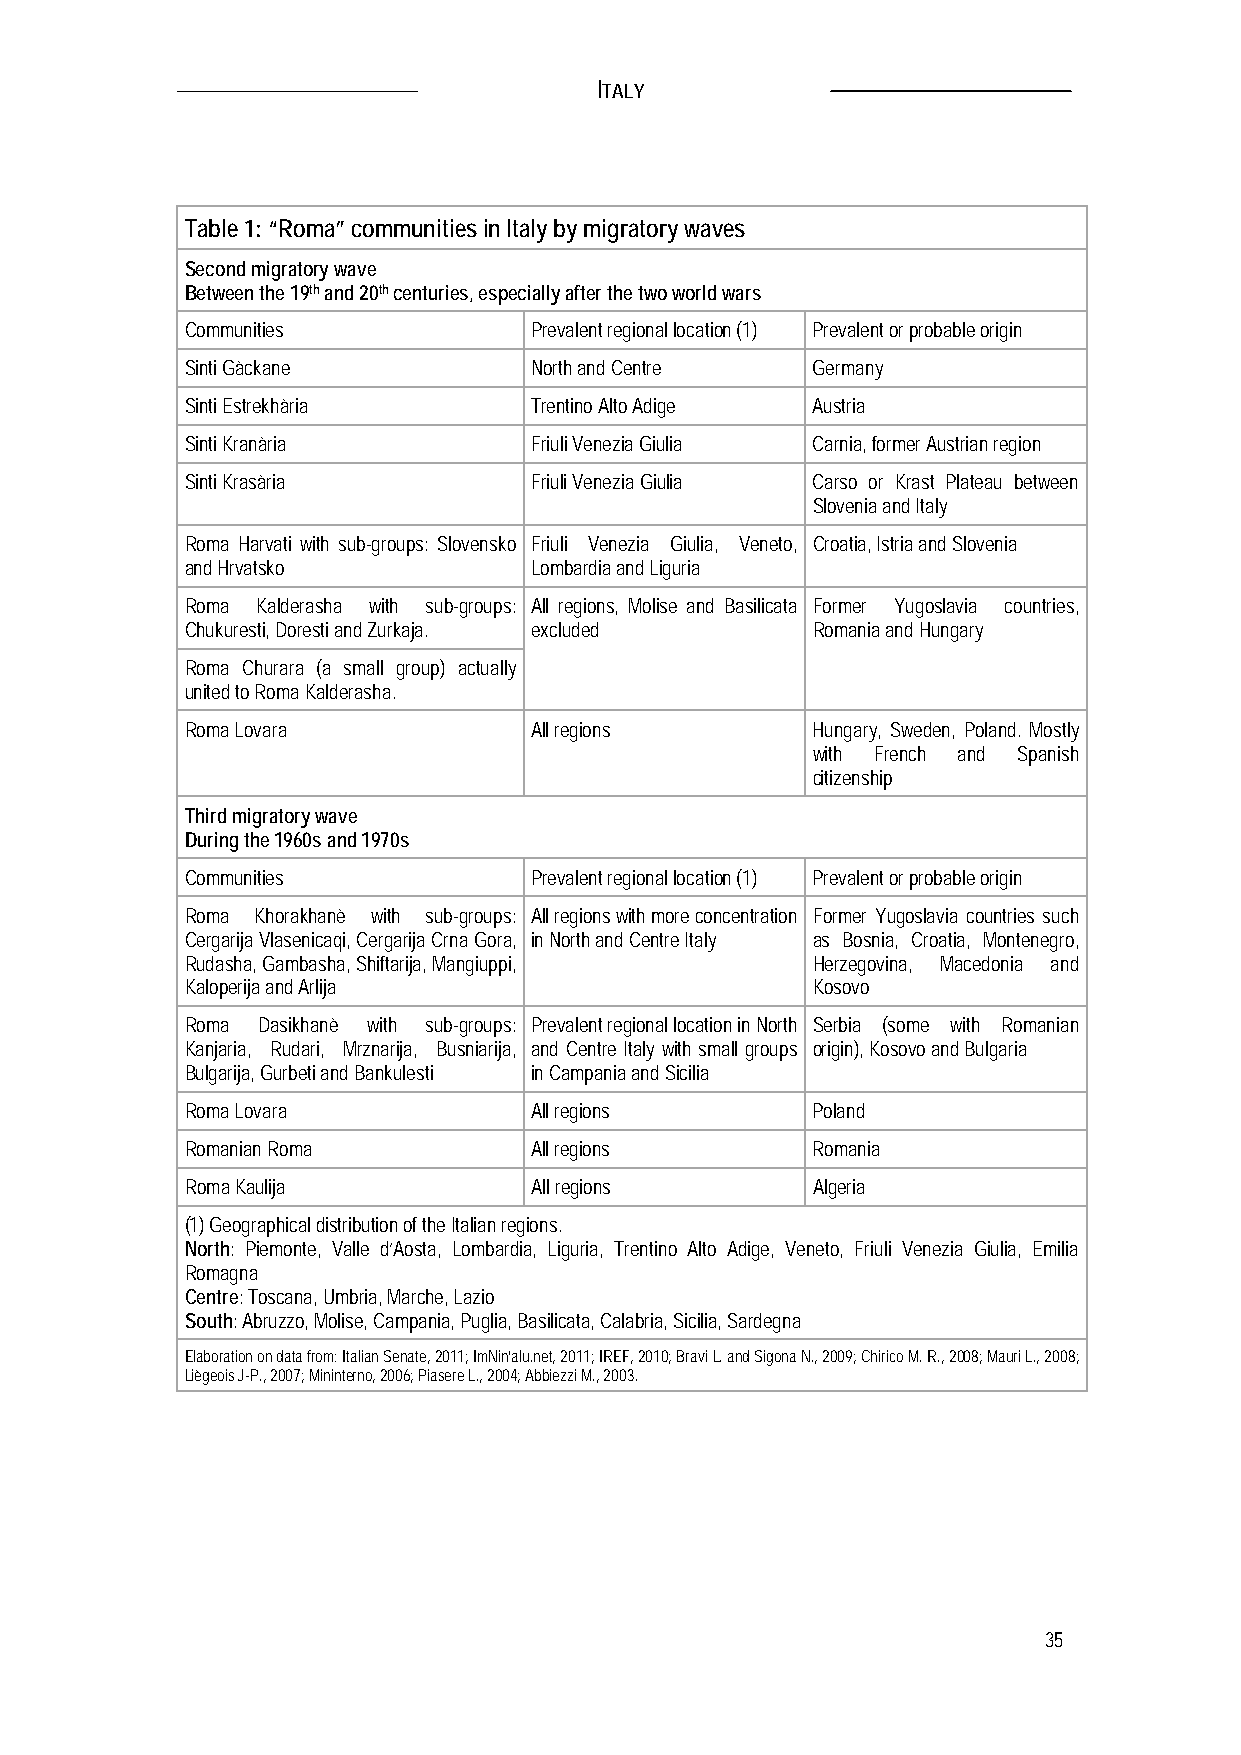
ITALY
 Table 1: “Roma” communities in Italy by migratory waves
 Second migratory wave
 Between the 19th and 20th centuries, especially after the two world wars
 Communities            Prevalent regional location (1) Prevalent or probable origin
 Sinti Gàckane          North and Centre   Germany
 Sinti Estrekhària      Trentino Alto Adige Austria
 Sinti Kranària         Friuli Venezia Giulia Carnia, former Austrian region
 Sinti Krasària         Friuli Venezia Giulia Carso or Krast Plateau between
 Slovenia and Italy
 Roma Harvati with sub-groups: Slovensko Friuli Venezia Giulia, Veneto, Croatia, Istria and Slovenia
 and Hrvatsko           Lombardia and Liguria
 Roma Kalderasha with sub-groups: All regions, Molise and Basilicata Former Yugoslavia countries,
 Chukuresti, Doresti and Zurkaja. excluded Romania and Hungary
 Roma Churara (a small group) actually
 united to Roma Kalderasha.
 Roma Lovara            All regions        Hungary, Sweden, Poland. Mostly
 with French and Spanish
 citizenship
 Third migratory wave
 During the 1960s and 1970s
 Communities            Prevalent regional location (1) Prevalent or probable origin
 Roma Khorakhanè with sub-groups: All regions with more concentration Former Yugoslavia countries such
 Cergarija Vlasenicaqi, Cergarija Crna Gora, in North and Centre Italy as Bosnia, Croatia, Montenegro,
 Rudasha, Gambasha, Shiftarija, Mangiuppi, Herzegovina, Macedonia and
 Kaloperija and Arlija                     Kosovo
 Roma Dasikhanè with sub-groups: Prevalent regional location in North Serbia (some with Romanian
 Kanjaria, Rudari, Mrznarija, Busniarija, and Centre Italy with small groups origin), Kosovo and Bulgaria
 Bulgarija, Gurbeti and Bankulesti in Campania and Sicilia
 Roma Lovara            All regions        Poland
 Romanian Roma          All regions        Romania
 Roma Kaulija           All regions        Algeria
 (1) Geographical distribution of the Italian regions.
 North: Piemonte, Valle d’Aosta, Lombardia, Liguria, Trentino Alto Adige, Veneto, Friuli Venezia Giulia, Emilia
 Romagna
 Centre: Toscana, Umbria, Marche, Lazio
 South: Abruzzo, Molise, Campania, Puglia, Basilicata, Calabria, Sicilia, Sardegna
 Elaboration on data from: Italian Senate, 2011; ImNin’alu.net, 2011; IREF, 2010; Bravi L. and Sigona N., 2009; Chirico M. R., 2008; Mauri L., 2008;
 Liègeois J-P., 2007; Mininterno, 2006; Piasere L., 2004; Abbiezzi M., 2003.
 35